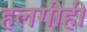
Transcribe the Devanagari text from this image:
हलगीही